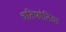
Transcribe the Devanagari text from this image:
चलिफोनिया